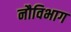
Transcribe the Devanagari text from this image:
नौविभाग